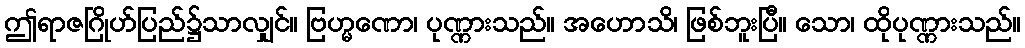
ဤရာဇဂြိုဟ်ပြည်၌သာလျှင်။ ဗြဟ္မဏော၊ ပုဏ္ဏားသည်။ အဟောသိ၊ ဖြစ်ဘူးပြီ။ သော၊ ထိုပုဏ္ဏားသည်။